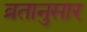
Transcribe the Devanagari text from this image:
व्रतानुसार